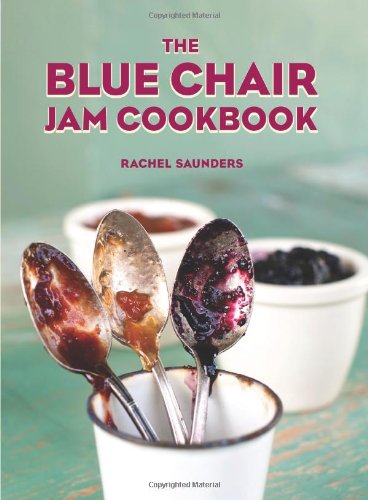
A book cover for The Blue Chair Jam Cookbook; Rachel Saunders; Cookbooks, Food & Wine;